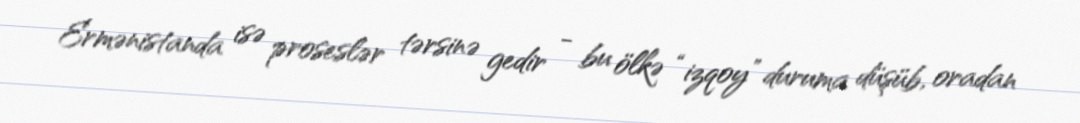
Ermənistanda isə proseslər tərsinə gedir - bu ölkə “izqoy” duruma düşüb, oradan